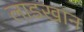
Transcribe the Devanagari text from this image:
लाडखान